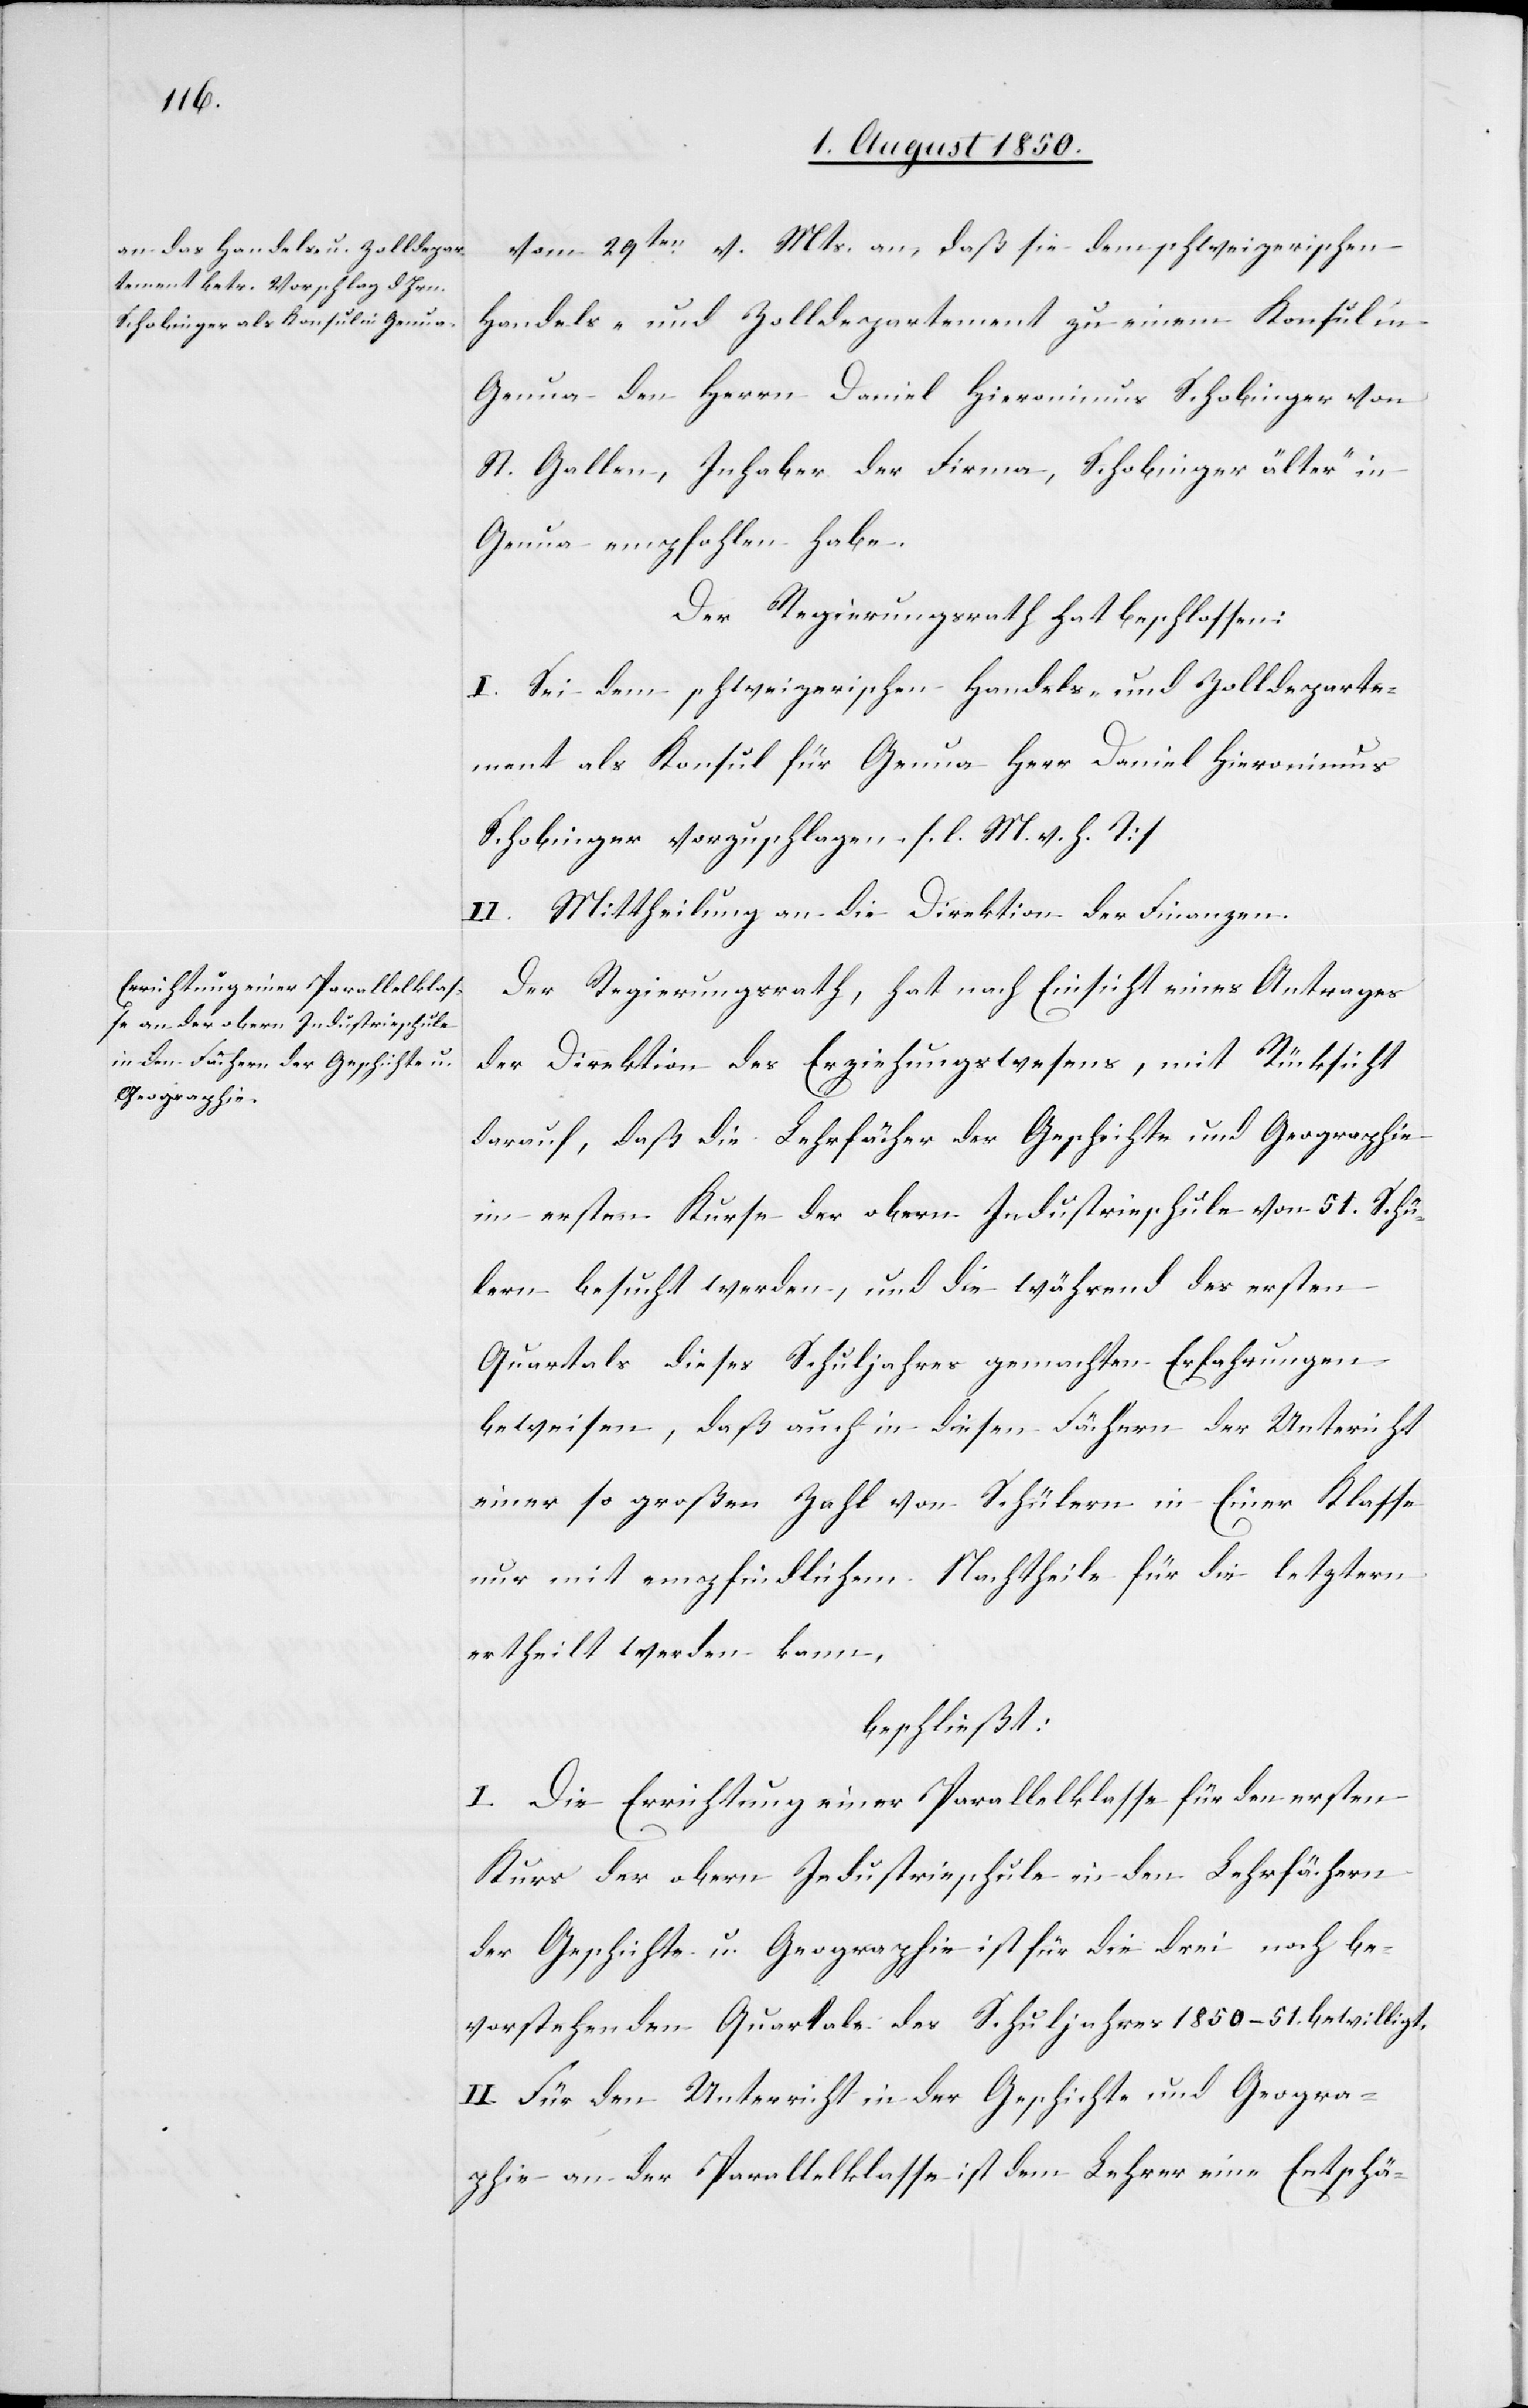
vom 29ten v. Mts. an, daß sie dem schweizerischen
Handels- und Zolldepartement zu einem Konsul in
Genua den Herrn Daniel Hieronimus Schobinger von
St. Gallen, Inhaber der Firma, [„]Schobinger älter“ in
Genua empfohlen habe.
Der Regierungsrath hat beschlossen:
I. Sei dem schweizerischen Handels- und Zolldeparte¬
ment als Konsul für Genua Herr Daniel Hieronimus
Schobinger vorzuschlagen. [l. M. v. h. T]
II. Mittheilung an die Direktion der Finanzen.
Der Regierungsrath, hat nach Einsicht eines Antrages
der Direktion des Erziehungswesens, mit Rücksicht
darauf, daß die Lehrfächer der Geschichte und Geographie
im ersten Kurse der obern Industrieschule vom 51. Schü¬
lern besucht werden, und die während des ersten
Quartals dieses Schuljahres gemachten Erfahrungen
beweisen, daß auch in diesen Fächern der Untericht
einer so großen Zahl von Schülern in Einer Klasse
nur mit empfindlichem Nachtheile für die letztern
ertheilt werden kann,
beschließt
I. Die Errichtung einer Parallelklasse für den ersten
Kurs der obern Industrieschule in den Lehrfächern
der Geschichte u. Geographie ist für die drei noch be¬
vorstehenden Quartale des Schuljahres 1850–51. bewilligt.
II. Für den Unterricht in der Geschichte und Geogra¬
phie an der Parallelklasse ist dem Lehrer eine Entschä-